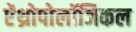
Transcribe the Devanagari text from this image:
ऐंथ्रोपोलॉजिकल